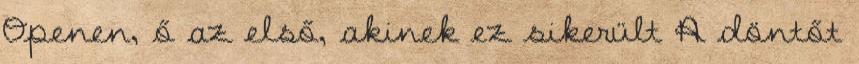
Openen, ő az első, akinek ez sikerült A döntőt